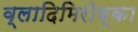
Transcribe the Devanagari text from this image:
व्लादिमिरोव्का